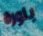
بلورة